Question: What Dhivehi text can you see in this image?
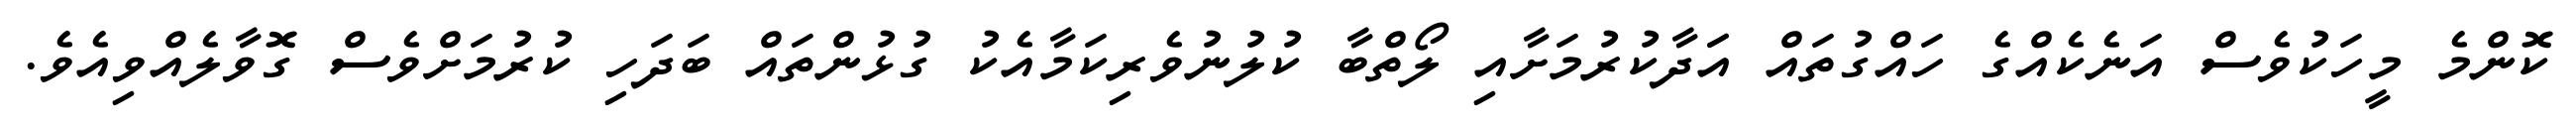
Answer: ކޮންމެ މީހަކުވެސް އަނެކެއްގެ ހައްގުތައް އަަދާކުރުމަށާއި ލޯތްބާ ކުލުނުވެރިކަމާއެކު ގުޅުންތައް ބަދަހި ކުރުމަށްވެސް ގޮވާލެއްވިއެވެ.